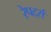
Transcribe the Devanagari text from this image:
रेपर्ट्स